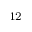
_ { 1 2 }